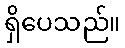
ရှိပေသည်။